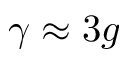
\gamma \approx 3 g